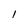
Character: l